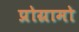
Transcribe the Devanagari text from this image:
प्रोग्रामो